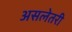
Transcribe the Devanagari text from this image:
असलेतरी